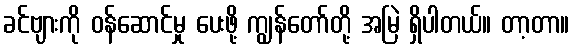
ခင်ဗျားကို ဝန်ဆောင်မှု ပေးဖို့ ကျွန်တော်တို့ အမြဲ ရှိပါတယ်။ တာ့တာ။